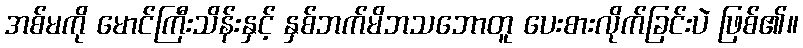
အစ်မကို မောင်ကြီးသိန်းနှင့် နှစ်ဘက်မိဘသဘောတူ ပေးစားလိုက်ခြင်းပဲ ဖြစ်၏။